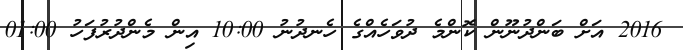
2016 އަށް ބަންދުނޫން ކޮންމެ ދުވަހެއްގެ ހެނދުނު 10:00 އިން މެންދުރުފަހު 01:00